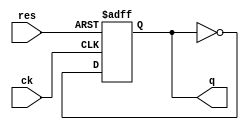
// T-FF  ()
module TFF ( ck, res, q );
    input ck, res;
    output q;
    reg q;

    always @(negedge ck or posedge res)
    begin
        if ( res == 1'b1 )
            q <= 1'b0;
        else
            q <= ~q;
    end
endmodule

//  (TFF) 
module cnt16(ck, res, q1, q2, q3, q4);
    input ck, res;
    output q1, q2, q3, q4;

    TFF ff1(ck, res, q1);
    TFF ff2(q1, res, q2);
    TFF ff3(q2, res, q3);
    TFF ff4(q4, res, q4);
endmodule